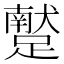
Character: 𨆕